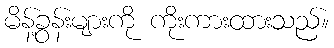
မိန့်ခွန်းများကို ကိုးကားထားသည်။